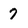
Character: 7